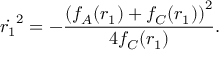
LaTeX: \dot { r _ { 1 } } ^ { 2 } = - \frac { \left( f _ { A } ( r _ { 1 } ) + f _ { C } ( r _ { 1 } ) \right) ^ { 2 } } { 4 f _ { C } ( r _ { 1 } ) } .